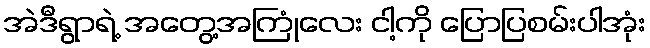
အဲဒီရွာရဲ့ အတွေ့အကြုံလေး ငါ့ကို ပြောပြစမ်းပါအုံး